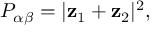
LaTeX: P _ { \alpha \beta } = | { \bf z } _ { 1 } + { \bf z } _ { 2 } | ^ { 2 } ,